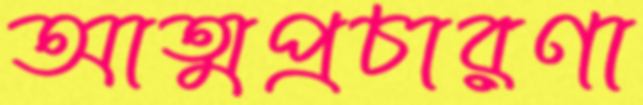
আত্মপ্রচারণা